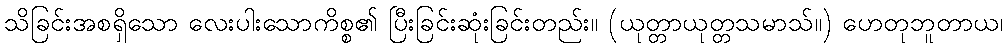
သိခြင်းအစရှိသော လေးပါးသောကိစ္စ၏ ပြီးခြင်းဆုံးခြင်းတည်း။ (ယုတ္တာယုတ္တသမာသ်။) ဟေတုဘူတာယ၊